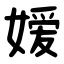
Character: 嫒